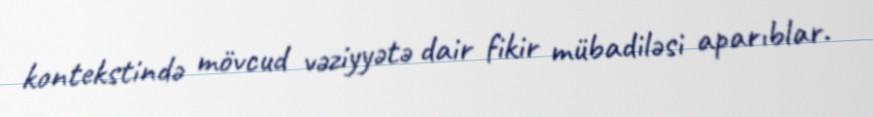
kontekstində mövcud vəziyyətə dair fikir mübadiləsi aparıblar.